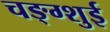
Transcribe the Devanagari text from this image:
चङ्ग्शुई